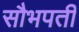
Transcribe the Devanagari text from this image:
सौभपती